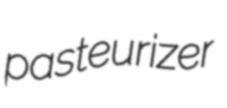
pasteurizer